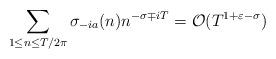
LaTeX: \begin{align*}\sum_{1\leq n\leq T/2\pi}\sigma_{-ia}(n)n^{-\sigma\mp iT}= \mathcal{O}(T^{1+\varepsilon-\sigma})\end{align*}